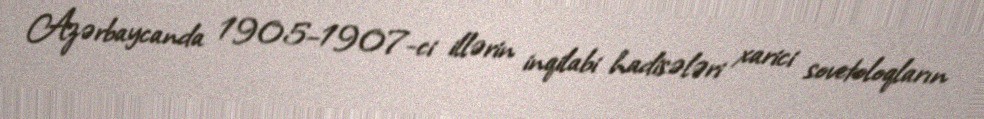
Azərbaycanda 1905–1907-ci illərin inqilabi hadisələri xarici sovetoloqların